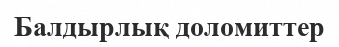
Балдырлық доломиттер